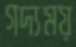
গদ্যময়